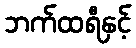
ဘက်ထရီနှင့်